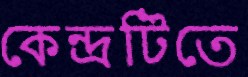
কেন্দ্রটিতে